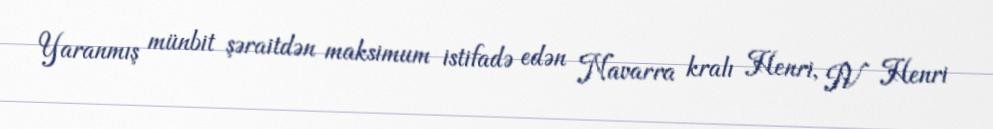
Yaranmış münbit şəraitdən maksimum istifadə edən Navarra kralı Henri, IV Henri